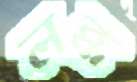
লব্ধ